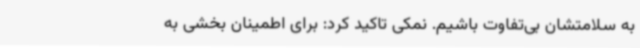
به سلامتشان بی‌تفاوت باشیم. نمکی تاکید کرد: برای اطمینان بخشی به